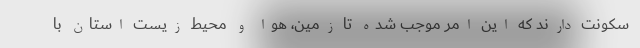
سکونت دارند که این امر موجب شده تا زمین، هوا و محیط زیست استان با